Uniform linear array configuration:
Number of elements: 64
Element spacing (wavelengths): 0.5
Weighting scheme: uniform
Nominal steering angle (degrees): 30
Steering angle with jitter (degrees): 29.228
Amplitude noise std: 0.05
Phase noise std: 0.05

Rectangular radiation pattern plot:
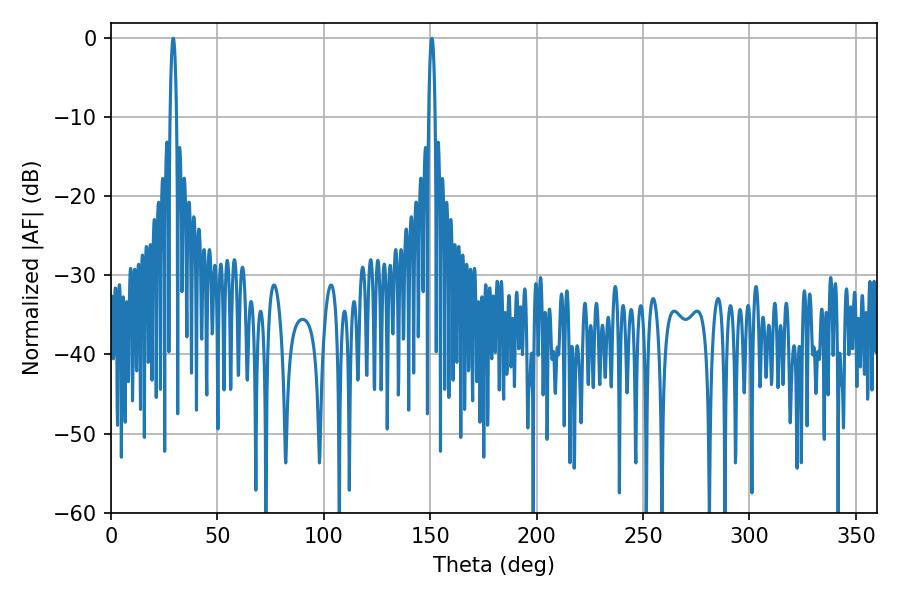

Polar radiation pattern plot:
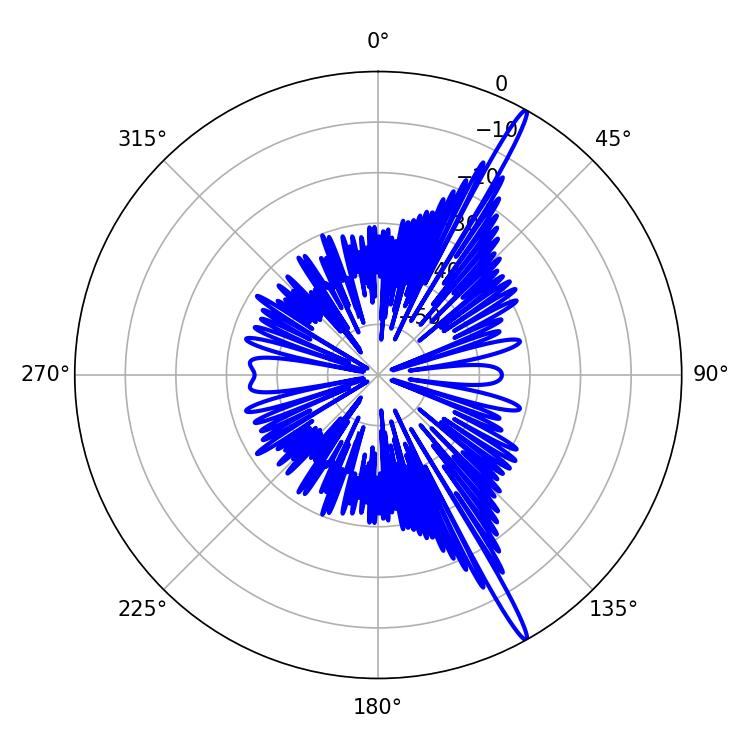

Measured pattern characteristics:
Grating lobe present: FALSE
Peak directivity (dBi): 17.576
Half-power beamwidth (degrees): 1.62
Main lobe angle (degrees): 29.16